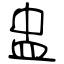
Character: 盅